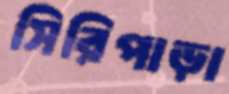
সিরিপাড়া